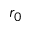
r _ { 0 }